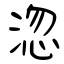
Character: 淴